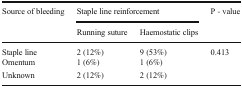
| <ROWSPAN=2> Source of bleeding | <COLSPAN=2> Staple line reinforcement | <ROWSPAN=2> P - value |
 | Running suture | Haemostatic clips |
 | --- | --- | --- | --- |
 | Staple line | 2 (12%) | 9 (53%) | <ROWSPAN=3> 0.413 |
 | Omentum | 1 (6%) | 1 (6%) |
 | Unknown | 2 (12%) | 2 (12%) |